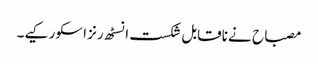
مصباح نے ناقابل شکست انسٹھ رنز اسکور کیے۔